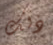
ذلك